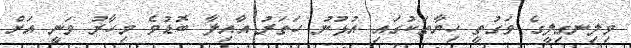
ވިލިނގިލީގެ ވަގުތީ ހިޔާތަކުގައި އުޅުނު ހަތަރު އާއިލާ ބޮޑުވެ މިހާރު ވަނީ އަށް